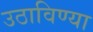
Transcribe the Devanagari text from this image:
उठाविण्या